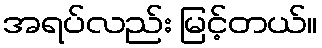
အရပ်လည်း မြင့်တယ်။